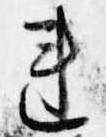
連